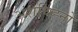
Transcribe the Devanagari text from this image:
अंशचिह्नों